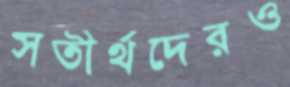
সতীর্থদেরও